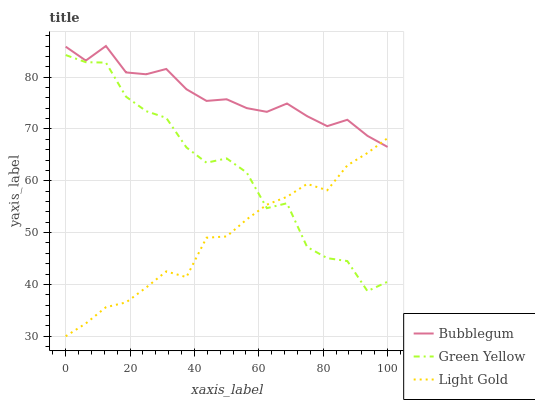
| xaxis_label | Bubblegum | Green Yellow | Light Gold |
 | --- | --- | --- | --- |
 | 0 | 85.9 | 84.3 | 30 |
 | 6.25 | 83.2 | 82.9 | 32.5 |
 | 12.5 | 86 | 82.8 | 35.6 |
 | 18.8 | 80.9 | 76.2 | 36.5 |
 | 25 | 80.5 | 73.4 | 39.4 |
 | 31.2 | 81.6 | 72.1 | 42.5 |
 | 37.5 | 77.7 | 66.4 | 41.4 |
 | 43.8 | 75.4 | 63.5 | 49 |
 | 50 | 75.7 | 64.3 | 49.3 |
 | 56.2 | 74 | 61.6 | 52.6 |
 | 62.5 | 73.3 | 54.7 | 55.4 |
 | 68.8 | 74.9 | 55.7 | 56.9 |
 | 75 | 72.5 | 47.2 | 59.4 |
 | 81.2 | 70.5 | 45.1 | 58.2 |
 | 87.5 | 71.8 | 44.5 | 63 |
 | 93.8 | 68.7 | 38.7 | 65.4 |
 | 100 | 66.5 | 40.5 | 68.2 |